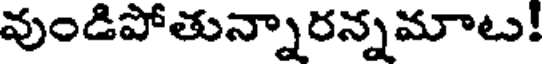
వుండిపోతున్నారన్నమాటు!